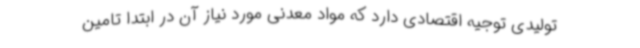
تولیدی توجیه اقتصادی دارد که مواد معدنی مورد نیاز آن در ابتدا تامین